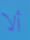
ألا